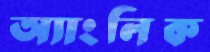
অ্যাংলিক